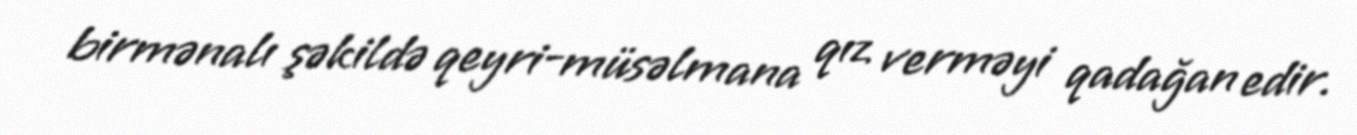
birmənalı şəkildə qeyri-müsəlmana qız verməyi qadağan edir.